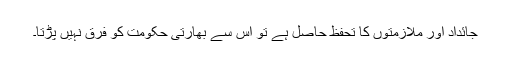
جائداد اور ملازمتوں کا تحفظ حاصل ہے تو اس سے بھارتی حکومت کو فرق نہیں پڑتا۔